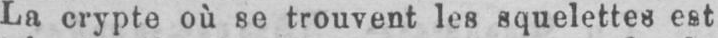
La crypte où se trouvent les squelettes est